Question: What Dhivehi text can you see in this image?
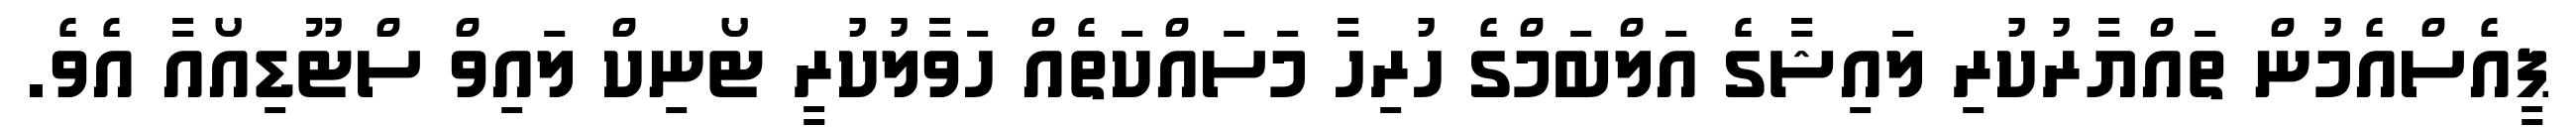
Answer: ޕީއެސްއެމުން ތައްޔާރުކުރި ލައިޝާގެ އަލްބަމްގެ ހުރިހާ މަސައްކަތެއް ހަވާލުކުރީ ޓޯނިކް ލައިވް ސްޓޫޑިއޯއާ އެވެ.